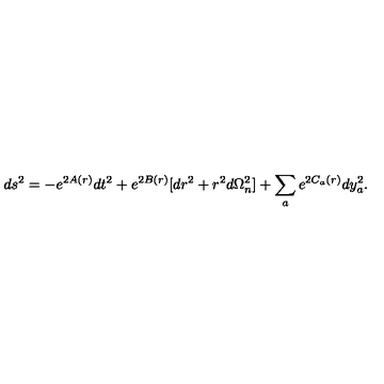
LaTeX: d s ^ { 2 } = - e ^ { 2 A ( r ) } d t ^ { 2 } + e ^ { 2 B ( r ) } [ d r ^ { 2 } + r ^ { 2 } d \Omega _ { n } ^ { 2 } ] + \sum _ { a } e ^ { 2 C _ { a } ( r ) } d y _ { a } ^ { 2 } .